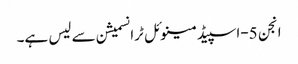
انجن 5-اسپیڈ مینوئل ٹرانسمیشن سے لیس ہے۔